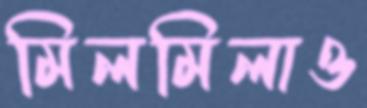
মিলমিলাও